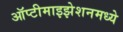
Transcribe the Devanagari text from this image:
ऑप्टीमाइझेशनमध्ये